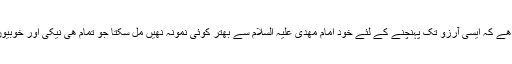
یہ بات روشن ھے کہ ایسی آرزو تک پہنچنے کے لئے خود امام مھدی علیہ السلام سے بھتر کوئی نمونہ نھیں مل سکتا جو تمام ھی نیکی اور خوبیوں کا آئینہ ھے۔